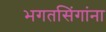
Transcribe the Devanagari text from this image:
भगतसिंगांना